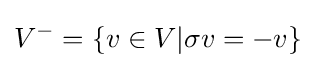
V^{-}=\{v\in V|\sigma v=-v\}